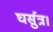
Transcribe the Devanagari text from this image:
घर्सुत्र।